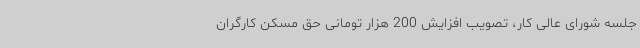
جلسه شورای عالی کار، تصویب افزایش 200 هزار تومانی حق مسکن کارگران